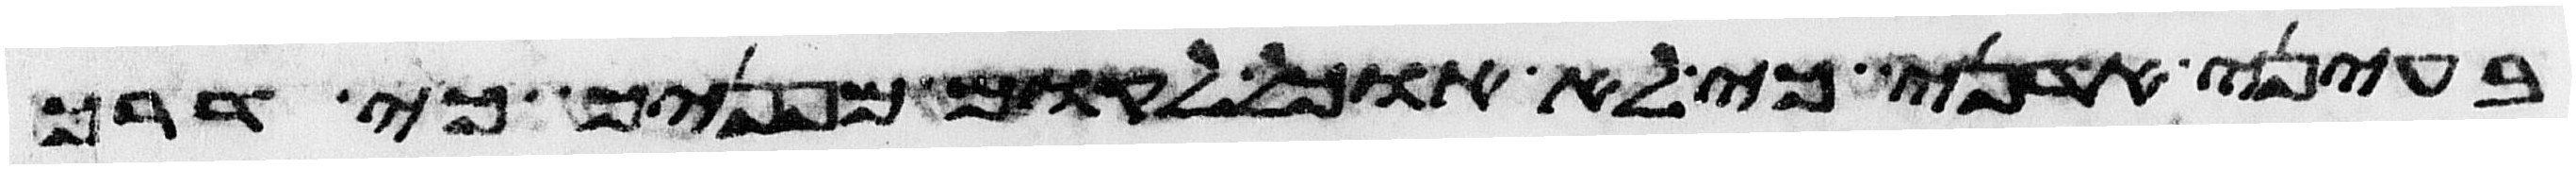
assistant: בעיני אדני כי לא אוכל לקום מפניך כי דרך